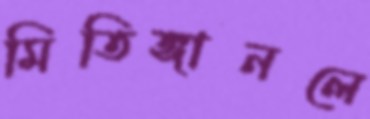
মিতিঙ্গানলে